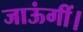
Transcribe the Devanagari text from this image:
जाऊंगीं।